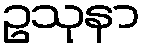
ဥသုနာ